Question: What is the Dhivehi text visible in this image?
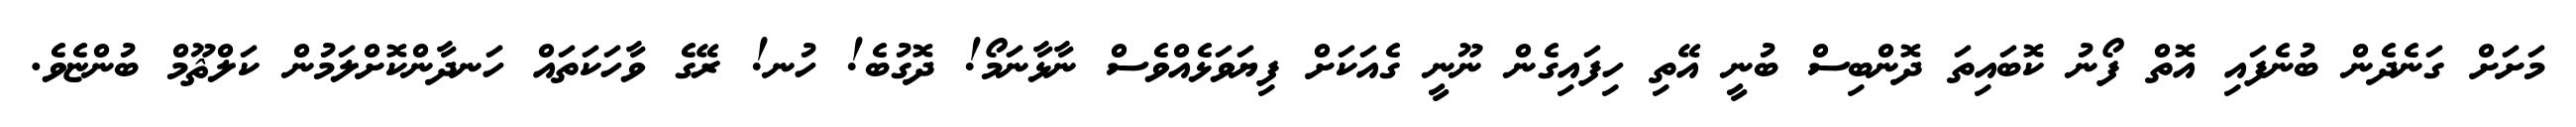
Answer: މަށަށް ގަނެދެން ބުނެފައި އޮތް ފޯނު ކޮބައިތަ ދޮންބިސް ބުނީ އޭތި ހިފައިގެން ނޫނީ ގެއަކަށް ފިޔަވަޅެއްވެސް ނާޅާނަމޯ! ދޮގުބެ! ހުނ! ރޭގެ ވާހަކަތައް ހަނދާންކޮށްލަމުން ކަލްޘޫމް ބުންޏެވެ.